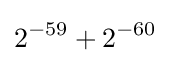
2^{-59}+2^{-60}